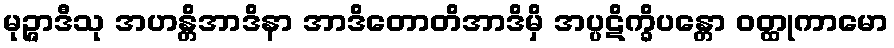
မုဉ္ဇာဒီသု အဟန္တိအာဒိနာ အာဒိတောတိအာဒိမှိ အပ္ပဋိက္ခိပန္တော ဝတ္ထုကာမော